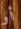
أو